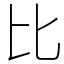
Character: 比